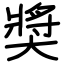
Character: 奬